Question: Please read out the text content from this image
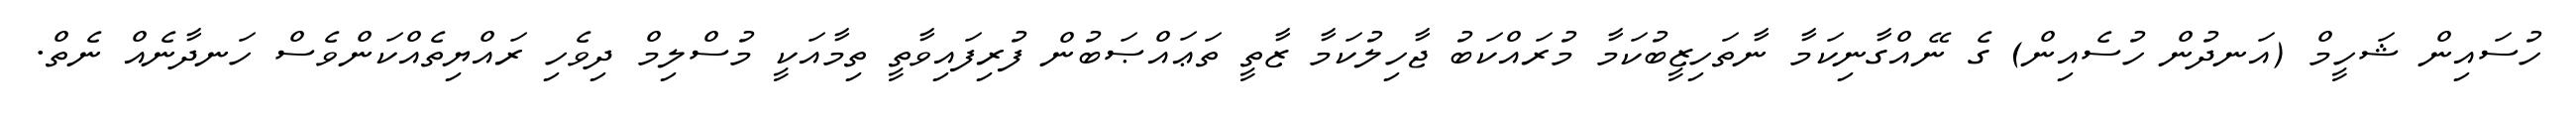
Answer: ހުސައިން ޝަހީމް (އަނދުން ހުސެއިން) ގެ ނޭއްގާނިކަމާ ނާތަހިޒީބުކަމާ މުރައްކަބު ޖާހިލުކަމާ ޒާތީ ތަޢައްޞަބުން ފުރިފައިވާތީ ތިމާއަކީ މުސްލިމް ދިވެހި ރައްޔިތެއްކަންވެސް ހަނދާނެއް ނެތް.